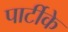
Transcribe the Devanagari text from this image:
पार्टीके